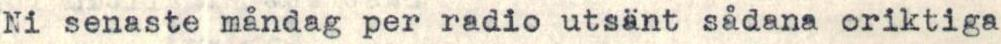
Ni senaste måndag per radio utsänt sådana oriktiga